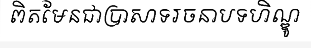
ពិតមែនជាប្រាសាទរចនាបទហិណ្ឌូ